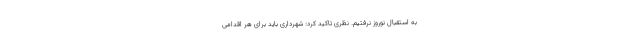
به استقبال نوروز نرفتیم. نظری تاکید کرد: شهرداری باید برای هر اقدامی